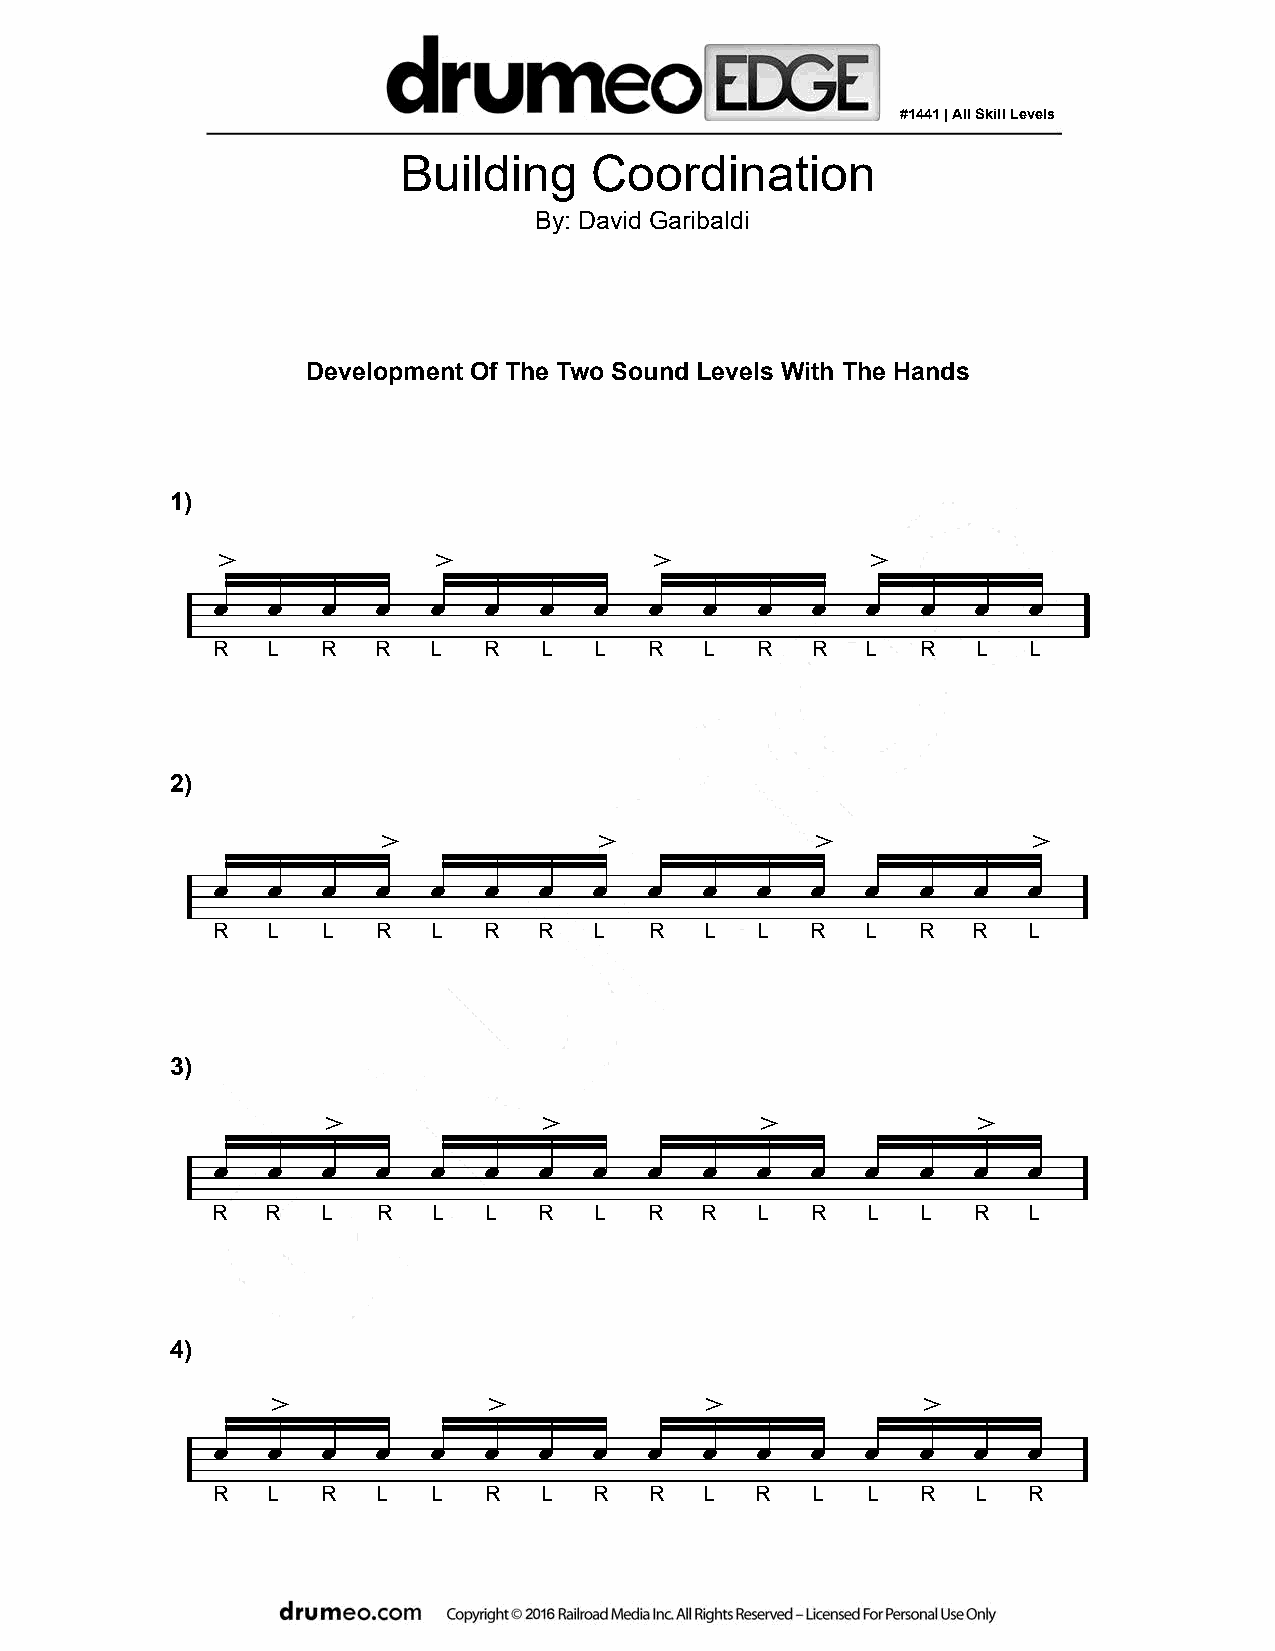
#1441 | All Skill Levels
 Building    Coordination
 By: David Garibaldi
 Development Of The Two Sound Levels With The Hands
 1)
 >              >             >              >
 œ   œ  œ   œ   œ  œ   œ  œ   œ   œ  œ   œ  œ   œ   œ  œ
 R   L  R   R  L   R   L  L   R   L  R   R  L   R   L  L
 2)
 >              >             >             >
 œ   œ  œ   œ   œ  œ   œ  œ   œ   œ  œ   œ  œ   œ  œ   œ
 R   L  L   R   L  R   R  L   R   L  L   R  L   R  R   L
 3)
 >             >             >              >
 œ   œ  œ   œ   œ  œ   œ  œ   œ   œ  œ   œ  œ   œ  œ   œ
 R   R  L   R   L  L   R  L   R  R   L   R  L   L  R   L
 4)
 >             >              >             >
 œ   œ  œ   œ   œ  œ   œ  œ   œ   œ  œ   œ  œ   œ  œ   œ
 R   L  R   L   L  R   L  R   R   L  R   L  L   R   L  R